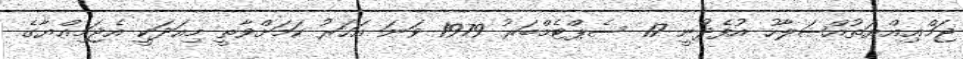
ޖަމްޢިއްޔަތުއްޞަލާހު އުފެދުނީ 17 ސެޕްޓެމްބަރު 1979 ވަނަ އަހަރު ކަމަށްވާތީ މިއަދަކީ އެޖަމިއްޔާގެ